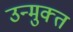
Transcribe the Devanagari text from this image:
उन्‍मुक्‍त